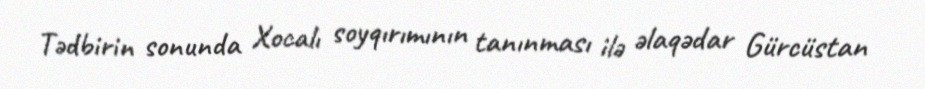
Tədbirin sonunda Xocalı soyqırımının tanınması ilə əlaqədar Gürcüstan